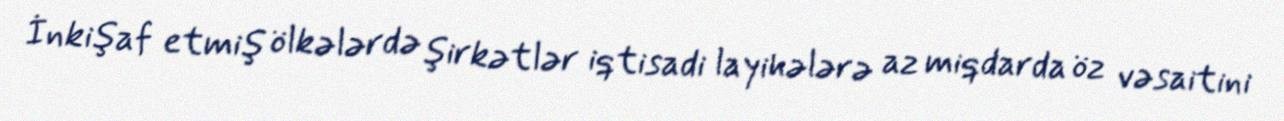
İnkişaf etmiş ölkələrdə şirkətlər iqtisadi layihələrə az miqdarda öz vəsaitini